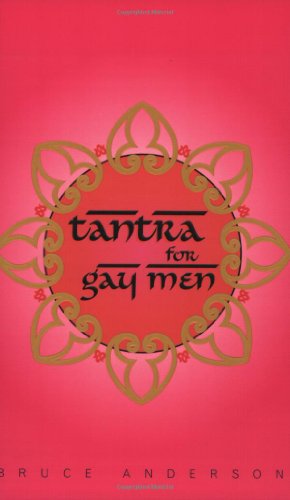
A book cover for Tantra for Gay Men; Bruce Anderson; Gay & Lesbian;